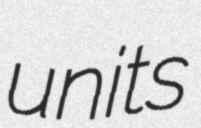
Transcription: units